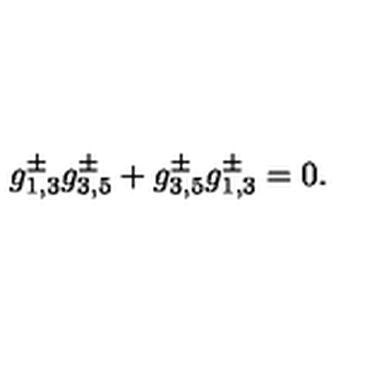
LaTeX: g _ { 1 , 3 } ^ { \pm } g _ { 3 , 5 } ^ { \pm } + g _ { 3 , 5 } ^ { \pm } g _ { 1 , 3 } ^ { \pm } = 0 .